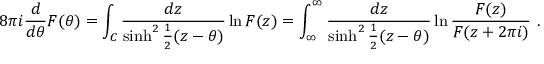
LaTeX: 8 \pi i \frac { d } { d \theta } F ( \theta ) = \int _ { C } \frac { d z } { \sinh ^ { 2 } { \frac { 1 } { 2 } ( z - \theta ) } } \ln F ( z ) = \int _ { \infty } ^ { \infty } \frac { d z } { \sinh ^ { 2 } { \frac { 1 } { 2 } ( z - \theta ) } } \ln { \frac { F ( z ) } { F ( z + 2 \pi i ) } } \ .